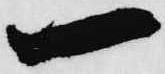
一